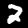
Label: 2